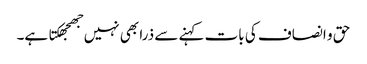
حق و انصاف کی بات کہنے سے ذرا بھی نہیں جھجھکتا ہے۔